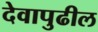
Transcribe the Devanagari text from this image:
देवापुढील